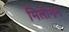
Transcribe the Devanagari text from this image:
मिलीगन